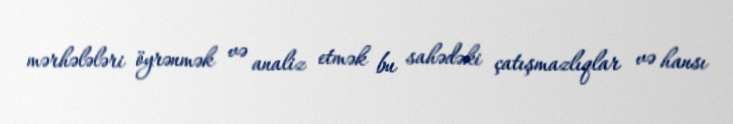
mərhələləri öyrənmək və analiz etmək bu sahədəki çatışmazlıqlar və hansı